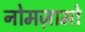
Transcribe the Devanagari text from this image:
नोमज़ामो